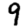
Digit: 9